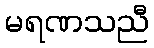
မရဏသညီ